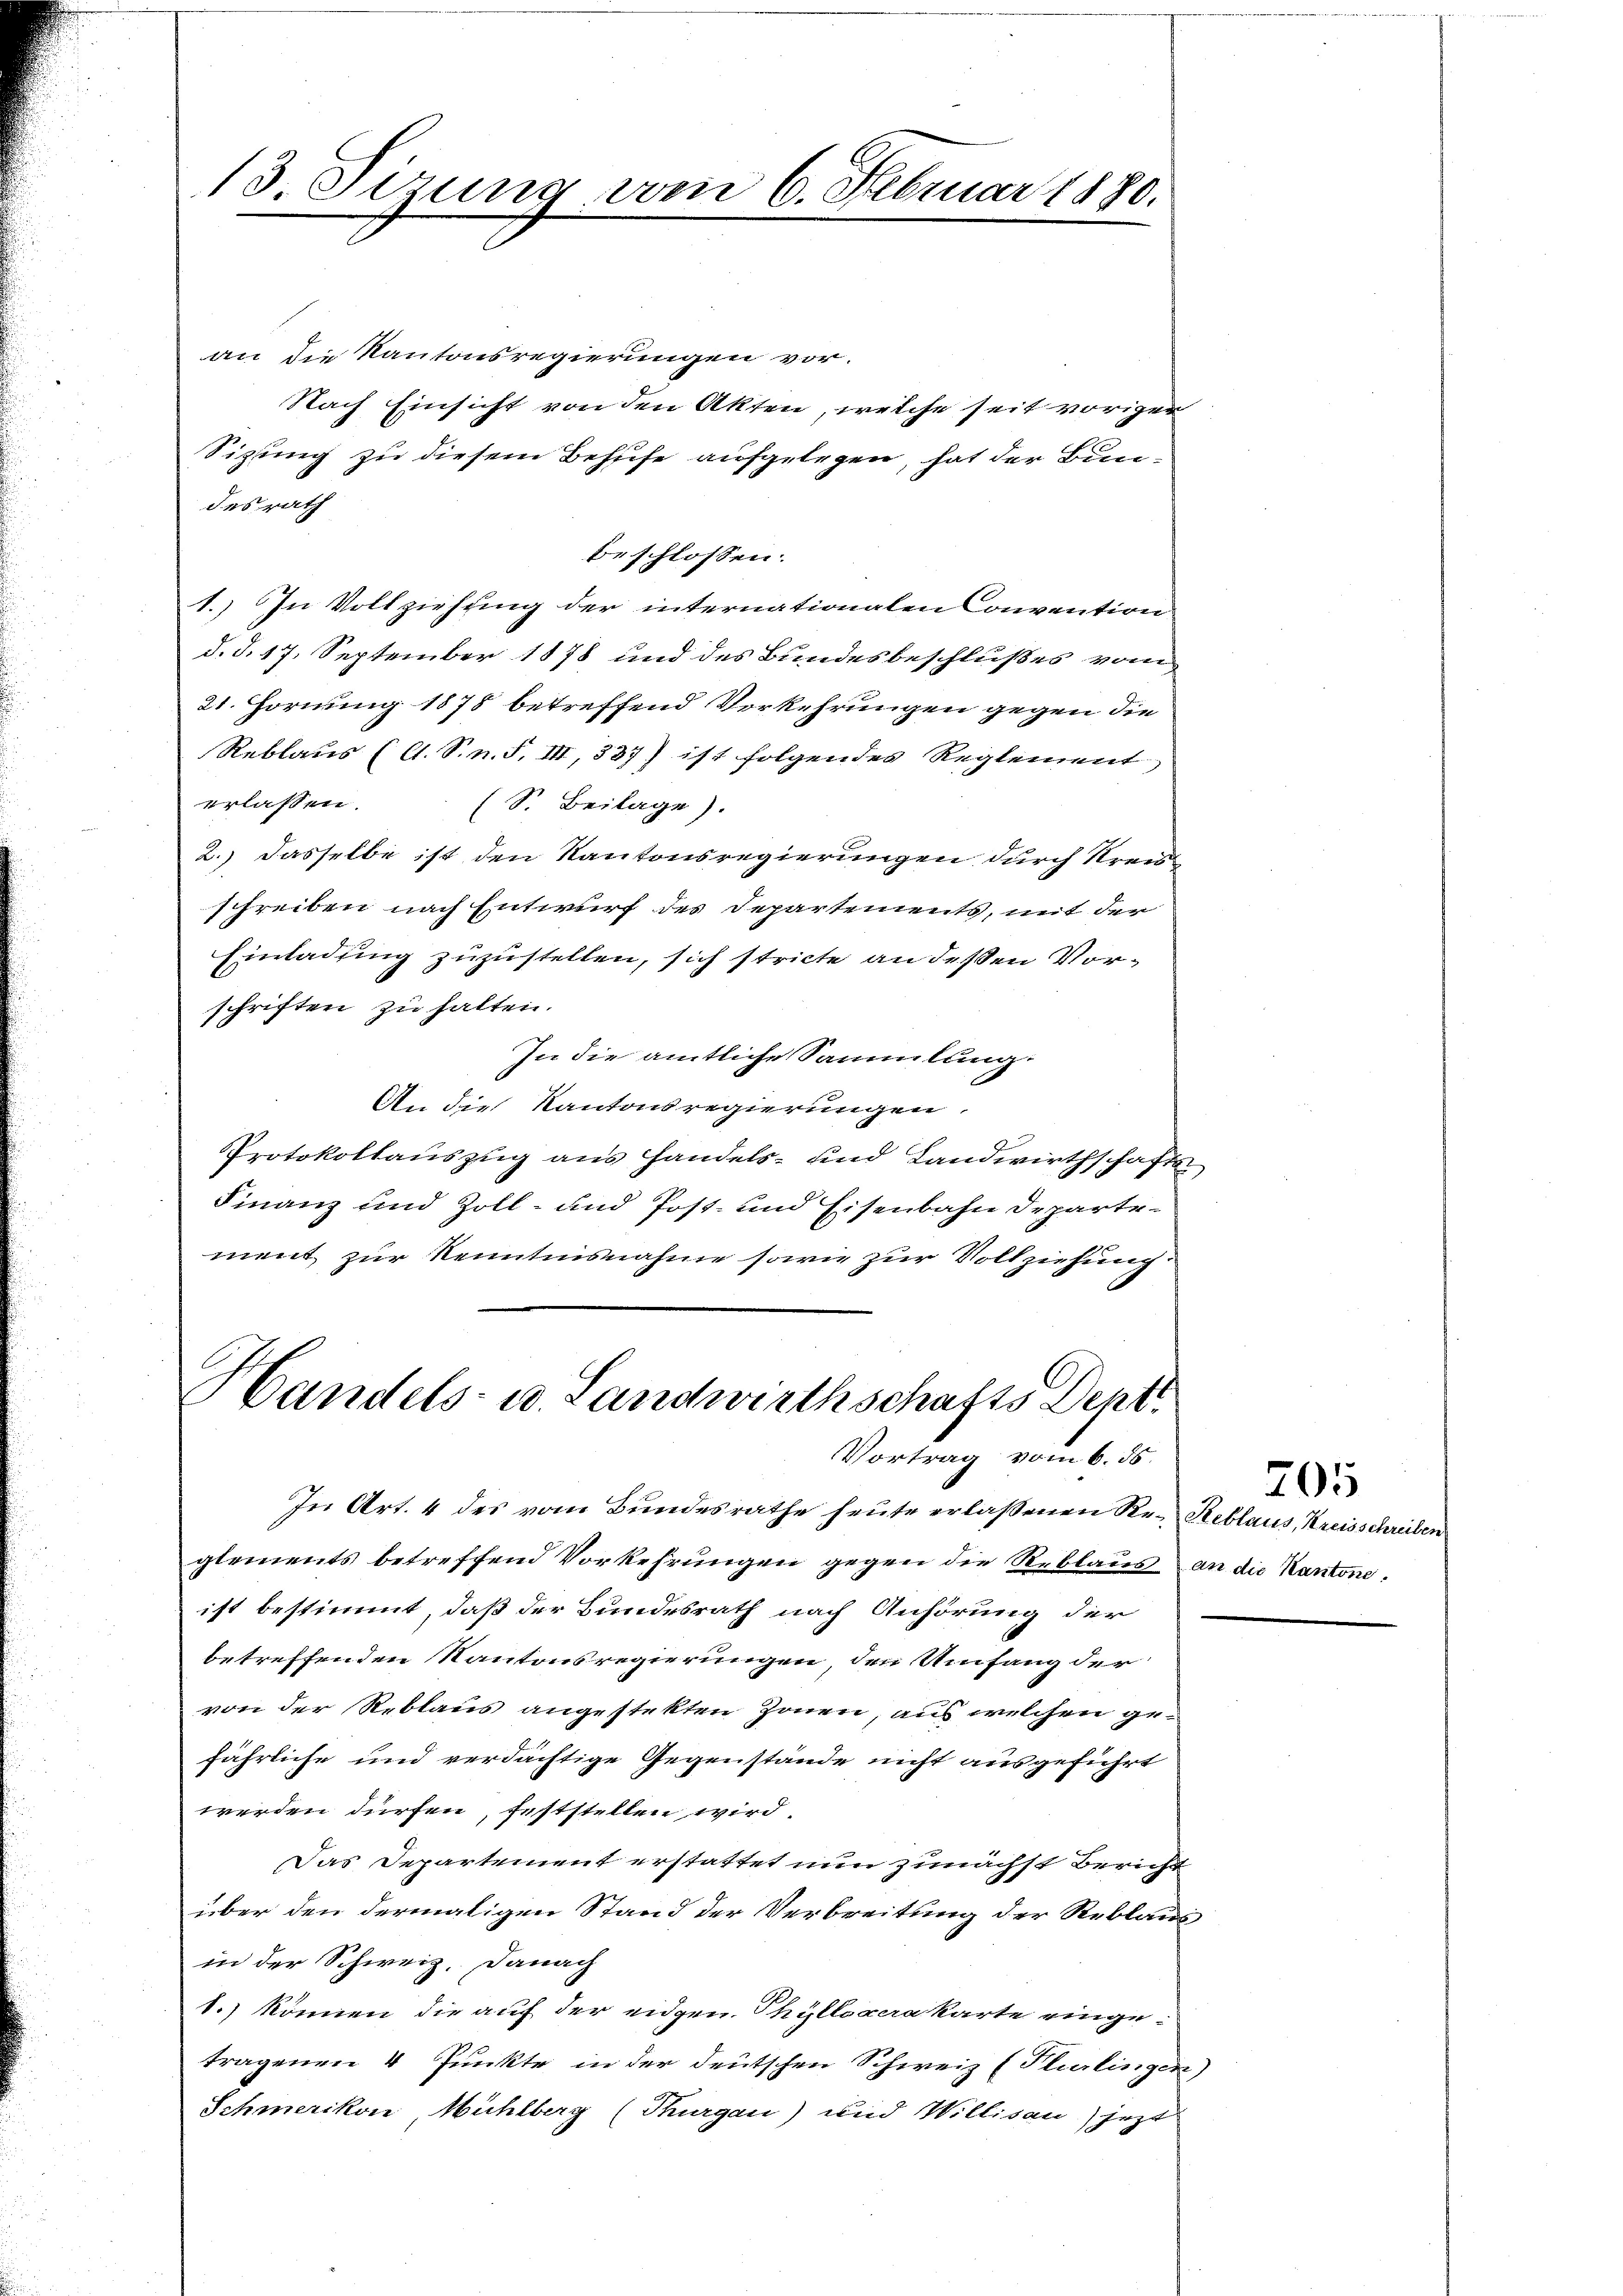
13. Sizung vom 6. Februar 1880.

an die Kantonsregierungen vor.
Nach Einsicht von den Akten, welche seit voriger
Sitzung zu diesem Behufe aufgelegen, hat der Bundes rath
beschlossen:
1.) In Vollziehung der internationalen Convention
d. d. 17. September 1878 und des Bundesbeschlußes vom
21. Hornung 1875 betreffend Vorkehrungen gegen die
Reblaus (lt. S. n. F. III, 337) ist folgendes Reglement
erlassen.
(S. Beilage).
2.) Dasselbe ist den Kantonsregierungen durch Kreid
schreiben nach Entwurf des Departements, mit der
Einladung zuzustellen, sich stricte an deßen Vorschriften zu halten.
In die amtliche Sammlung.
An die Kantonsregierungen.
Protokollauszug aus Handels- und Landwirthschafts
Finanz und Zoll- und Post- und Eisenbahn Departement zur Kenntnisnahme sowie zur Vollziehung.

Handels- u. Landwirthschafts Dept.
Vortrag vom 6. 55.

In Art. 4 des vom Bundesrathe heute erlassenen Re- Reblaus, Kreisschreiben
glements betreffend Vorkehrungen gegen die Reblaus an die Kantone.
ist bestimmt, daß der Bundesrath nach Anhörung der
betreffenden Kantonsregierungen, den Umfang der
von der Reblaus angestekten Zonen, aus welchen gefährliche und verdächtige Gegenstände nicht ausgeführt
werden dürfen, feststellen wird.
Das Departement erstattet nun zunächst Bericht
über den dermaligen Stand der Verbreitung der Reblaus
in der Schweiz. Danach
1.) können die auf der eidgen. Phylloceakarte eingetragenen 4 Punkte in der deutschen Schweiz (Plurlingen)
Schmerikon, Mühlberg (Thurgau) und Willisau) jezt

705